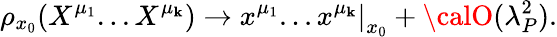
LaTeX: \rho_{x_{0}}(X^{\mu_{1}}...X^{\mu_{\mathbf{k}}})\rightarrow\left.x^{\mu_{1}}...x^{\mu_{\mathbf{k}}}\right|_{x_{0}}+{\calO}(\lambda_{P}^{2}).